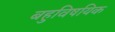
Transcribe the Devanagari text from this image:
बहुविषयिक